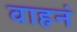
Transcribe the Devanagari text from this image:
वाहनं